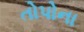
તોપોના